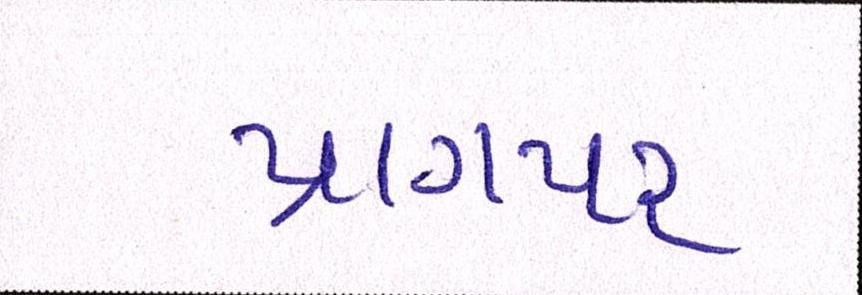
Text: પ્રાગપર